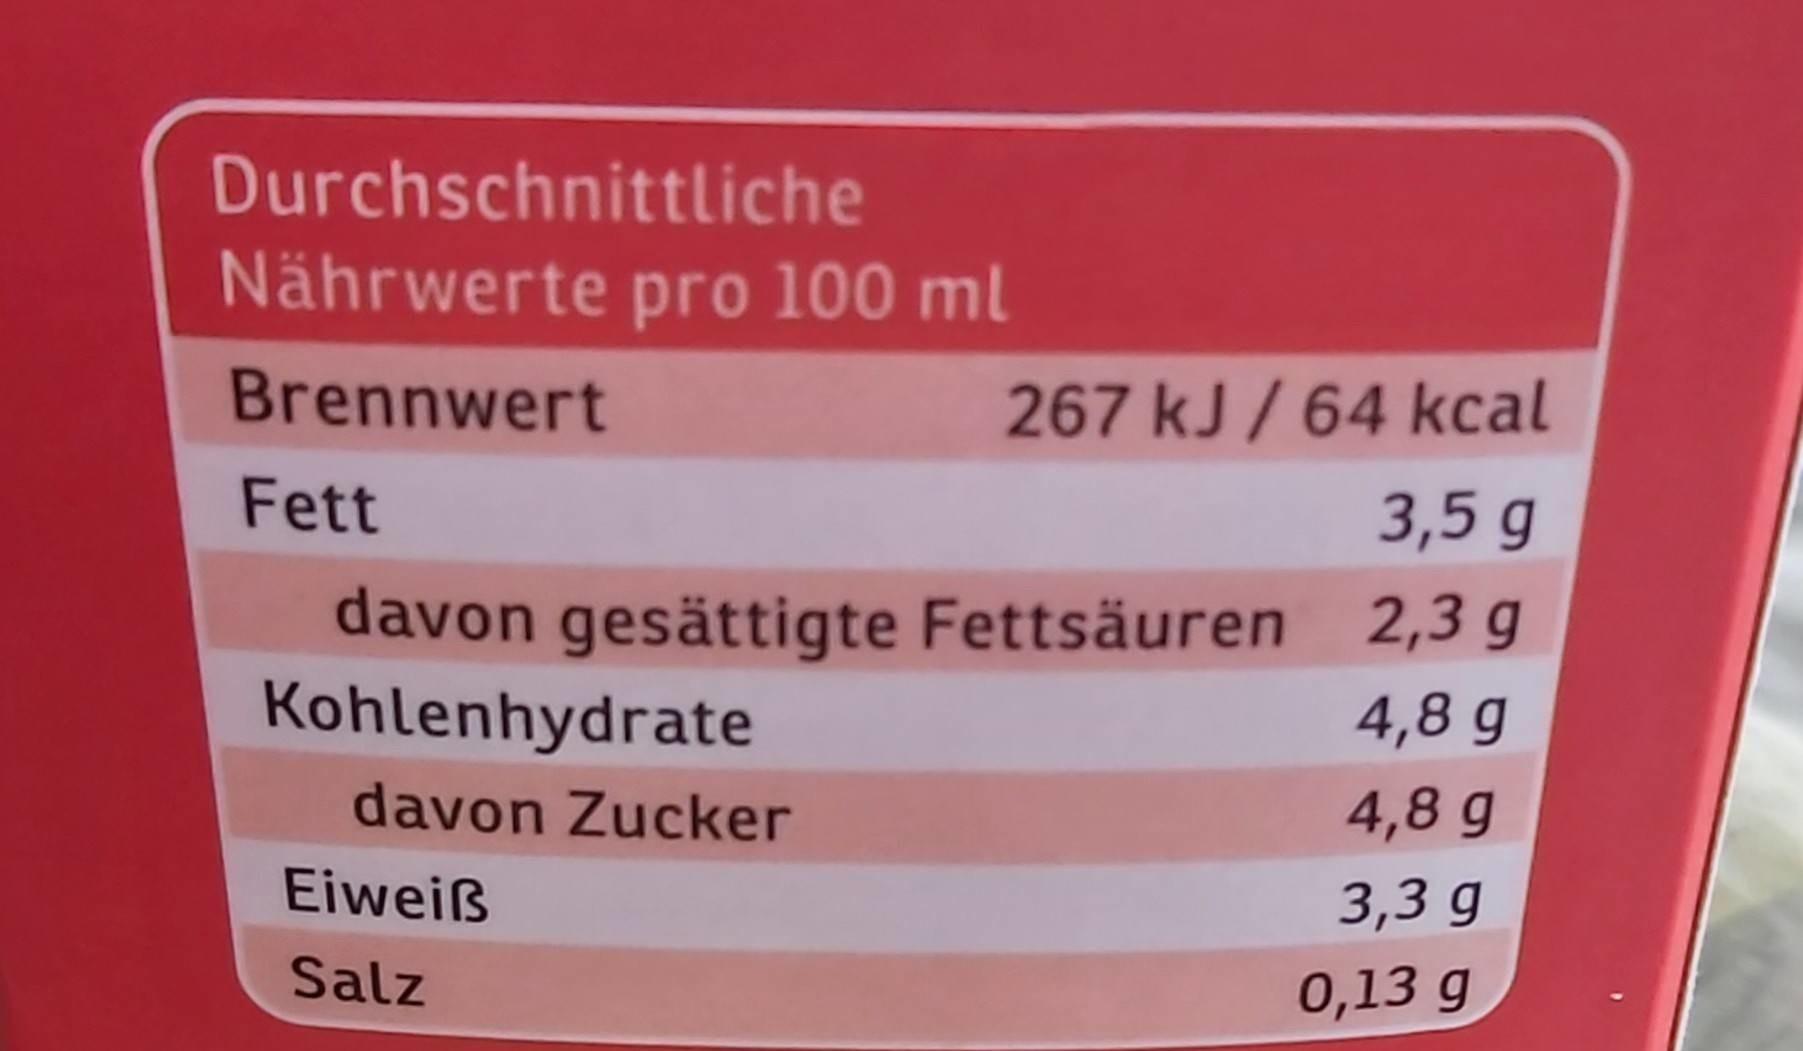
Durchschnittliche
Nährwerte pro 100 ml
Brennwert
267 kJ / 64 kcal
Fett
3,5 g
davon gesättigte Fettsäuren 2,3 g Kohlenhydrate
4,8 g
davon Zucker
4,8 g
Eiweiß
3,3 g
Salz
0,13 g